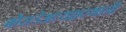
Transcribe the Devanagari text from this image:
बोराडेअध्यक्षस्थानी